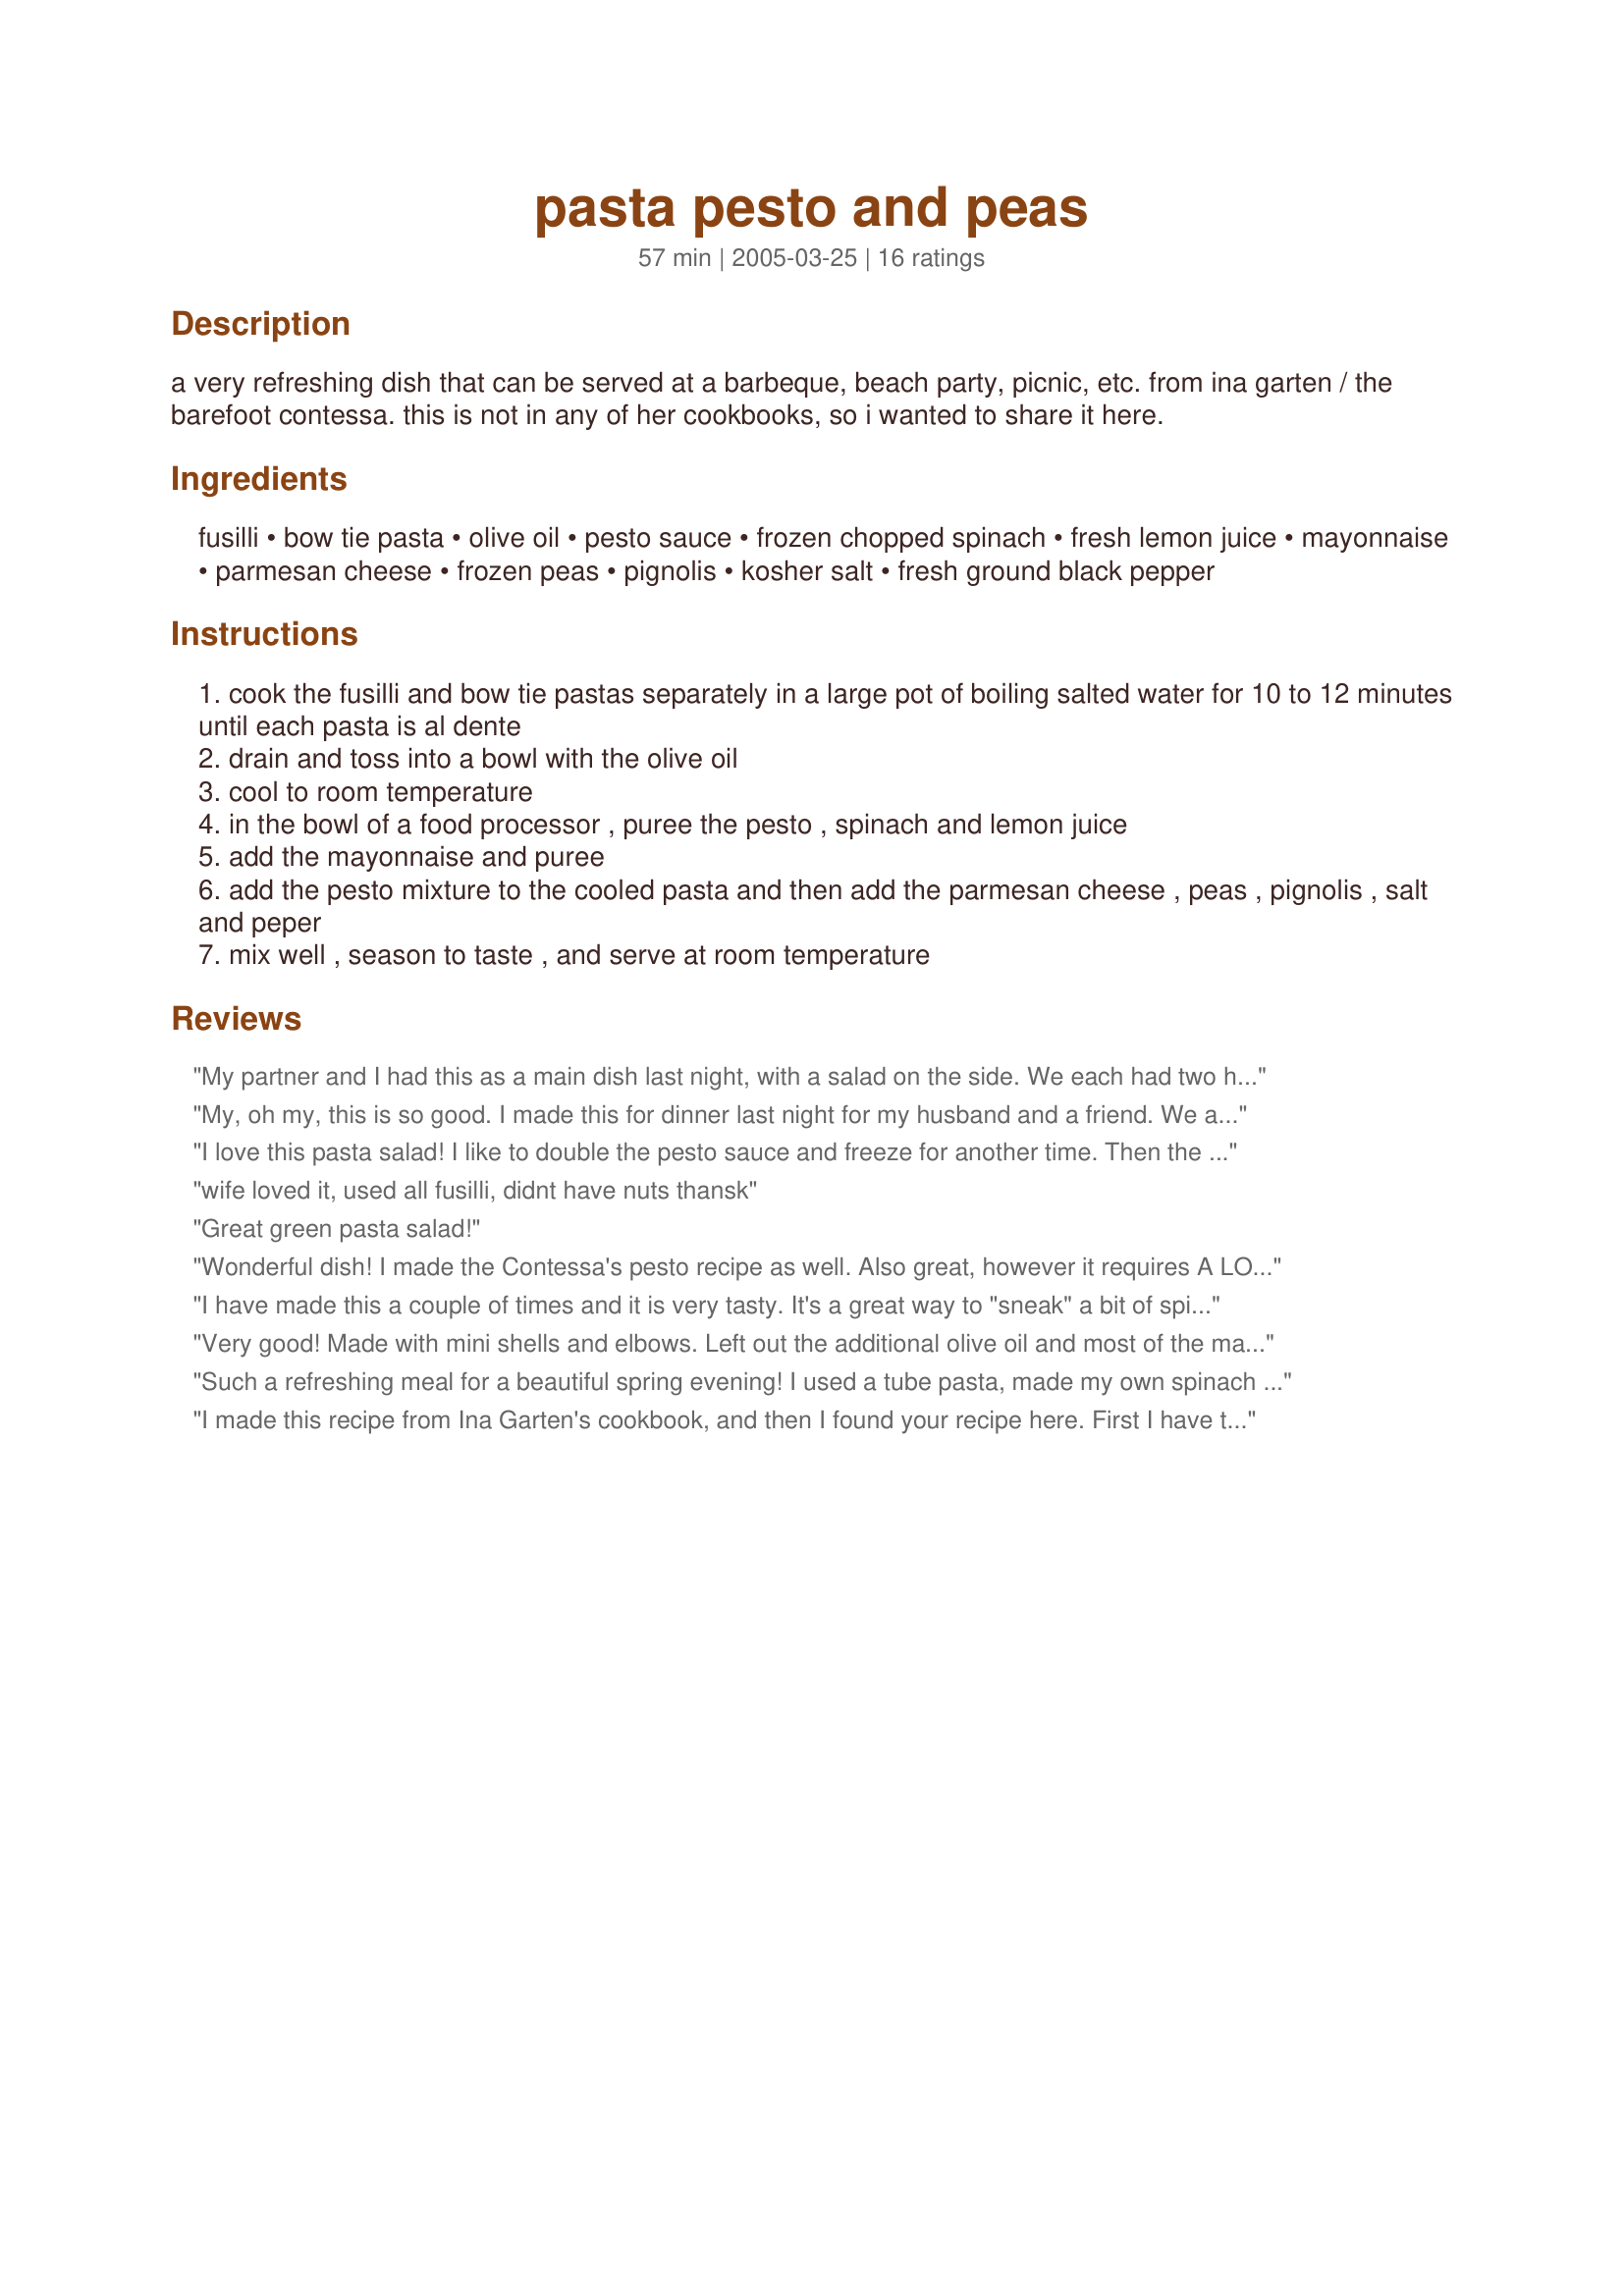
pasta pesto and peas
Preparation time: 57 minutes

a very refreshing dish that can be served at a barbeque, beach party, picnic, etc. from ina garten / the barefoot contessa. this is not in any of her cookbooks, so i wanted to share it here.

Ingredients:
fusilli, bow tie pasta, olive oil, pesto sauce, frozen chopped spinach, fresh lemon juice, mayonnaise, parmesan cheese, frozen peas, pignolis, kosher salt, fresh ground black pepper

Steps:
cook the fusilli and bow tie pastas separately in a large pot of boiling salted water for 10 to 12 minutes until each pasta is al dente
drain and toss into a bowl with the olive oil
cool to room temperature
in the bowl of a food processor , puree the pesto , spinach and lemon juice
add the mayonnaise and puree
add the pesto mixture to the cooled pasta and then add the parmesan cheese , peas , pignolis , salt and peper
mix well , season to taste , and serve at room temperature

Reviews:
My partner and I had this as a main dish last night, with a salad on the side. We each had two helpings it was good! I had some homemade pesto in the freezer, so this was a breeze to pull together for dinner. I did cut the recipe in half and it still made more than enough with leftovers for this weekend. I really liked combination of mayo (I used lite) with the pesto and lemon juice. The spinach and peas were a nice, healthy addition to this meatless dish. As other reviewers have suggested, don't forget to season well with salt and pepper. Last, we didn't feel the need for the additional 1/4 cup of olive oil since the pesto had plenty. Really delicious dish, thank you for sharing!
My, oh my, this is so good. I made this for dinner last night for my husband and a friend. We all loved it! I used Trader Joe's 7 ounce container of Genova Pesto (in their refrigerator case) and it was exactly 3/4 cup, perfect for making just half of the recipe, which was plenty for three of us. I tossed the pasta with a tablespoon of butter and a drizzle of olive oil, to keep it from sticking together while cooling to room temperature, instead of all olive oil. My husband has already been asking when I will be making this again.
I love this pasta salad! I like to double the pesto sauce and freeze for another time. Then the next time I need a quick pasta salad for a bbq, all I have to do is defrost the sauce and toss with the pasta, peas and pine nuts. Don't forget the salt-really makes the flavors come alive. Thanks so much for posting!
wife loved it, used all fusilli, didnt have nuts thansk
Great green pasta salad!
Wonderful dish! I made the Contessa's pesto recipe as well. Also great, however it requires A LOT of basil. Hence, I had prepared only 3/4 cup of pesto and so halved the recipe. For people without basil growing in your garden, a prepaid jar is probably much more economical. This will however become a summer staple for me when Genovese Basil (the absolute *best* kind for pesto and all other cooking imo) is in summer abundance in my garden. Thank you.
I have made this a couple of times and it is very tasty. It's a great way to "sneak" a bit of spinach in to my kids!

Roxygirl
Very good! Made with mini shells and elbows. Left out the additional olive oil and most of the mayo. Still delicious! Creamy and yummy. Swapped olive oil 'mayo' for the regular. Hubby said he wants it again, so that means it is goooood.
Such a refreshing meal for a beautiful spring evening! I used a tube pasta, made my own spinach pesto (so I left out the extra spinach) and left out the mayo and pine nuts. Very quick, fresh, simple and pretty healthy if you go light on the olive oil. Will use often...thanks for posting!
I made this recipe from Ina Garten's cookbook, and then I found your recipe here. First I have to say this was my first venture into making pesto. What a mess I made in the kitchen! Still, this was worth all the mess and bother. This is truly one of the best dishes I have ever made, and it is gorgeous to look at, too! I followed the recipe exactly except I did make only 3/4 of it, and I had to substitute radiatore for the fusilli. I am going to have to buy this cookbook (I had borrowed it from a friend). I hope other people will try this although it is pretty expensive to make if you don't grow your own basil. Thank for sharing!
Absolutely luscious, Pianolady; my new guilty pleasure. I skipped the olive oil (there was plenty in the pesto and mayo) but otherwise, the recipe was perfect as is for my taste.
This was great but a lot of the fattening ingredients were totally unnecessary (and I'm not a health nut!). Made my own vegan pesto which, once combined with the spinach, was incredibly creamy and filling with a beautiful green color-- added some Veganaise which did nothing good nor bad to the pesto- skip the mayo, folks. Trust the pesto! Also didn't understand why I added olive oil to the noodles. Rinse the noodles and they won't stick while cooling. This dish was incredibly easy to veganize- always a plus! Added some baby tomatoes from my garden for color.
This was sooo good! I just used fusilli pasta and it was fine. I could eat this all day!
this is THE pasta salad- nothing else comes close. I use less pesto sauce mix and more peas and pine nuts. Tastes equally delicious with light mayo.
This is an amazing pasta dish. Bold flavors. Time consuming if you make Ina's pesto but so, so worth every minute. This is my son's favorite pasta dish and requests it whenever he comes home from college...give it a try when you have some time, especially if you love pesto. This makes a lot but no problem finishing it here and there are only 2 of us!
Made without spinach or nuts.. Was a very nice pasta salad! Will add nuts next time.
